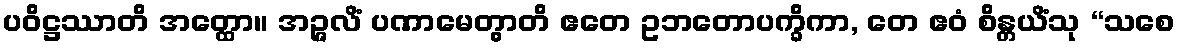
ပဝိဋ္ဌဿာတိ အတ္ထော။ အဉ္ဇလိံ ပဏာမေတွာတိ ဧတေ ဥဘတောပက္ခိကာ, တေ ဧဝံ စိန္တယိံသု “သစေ